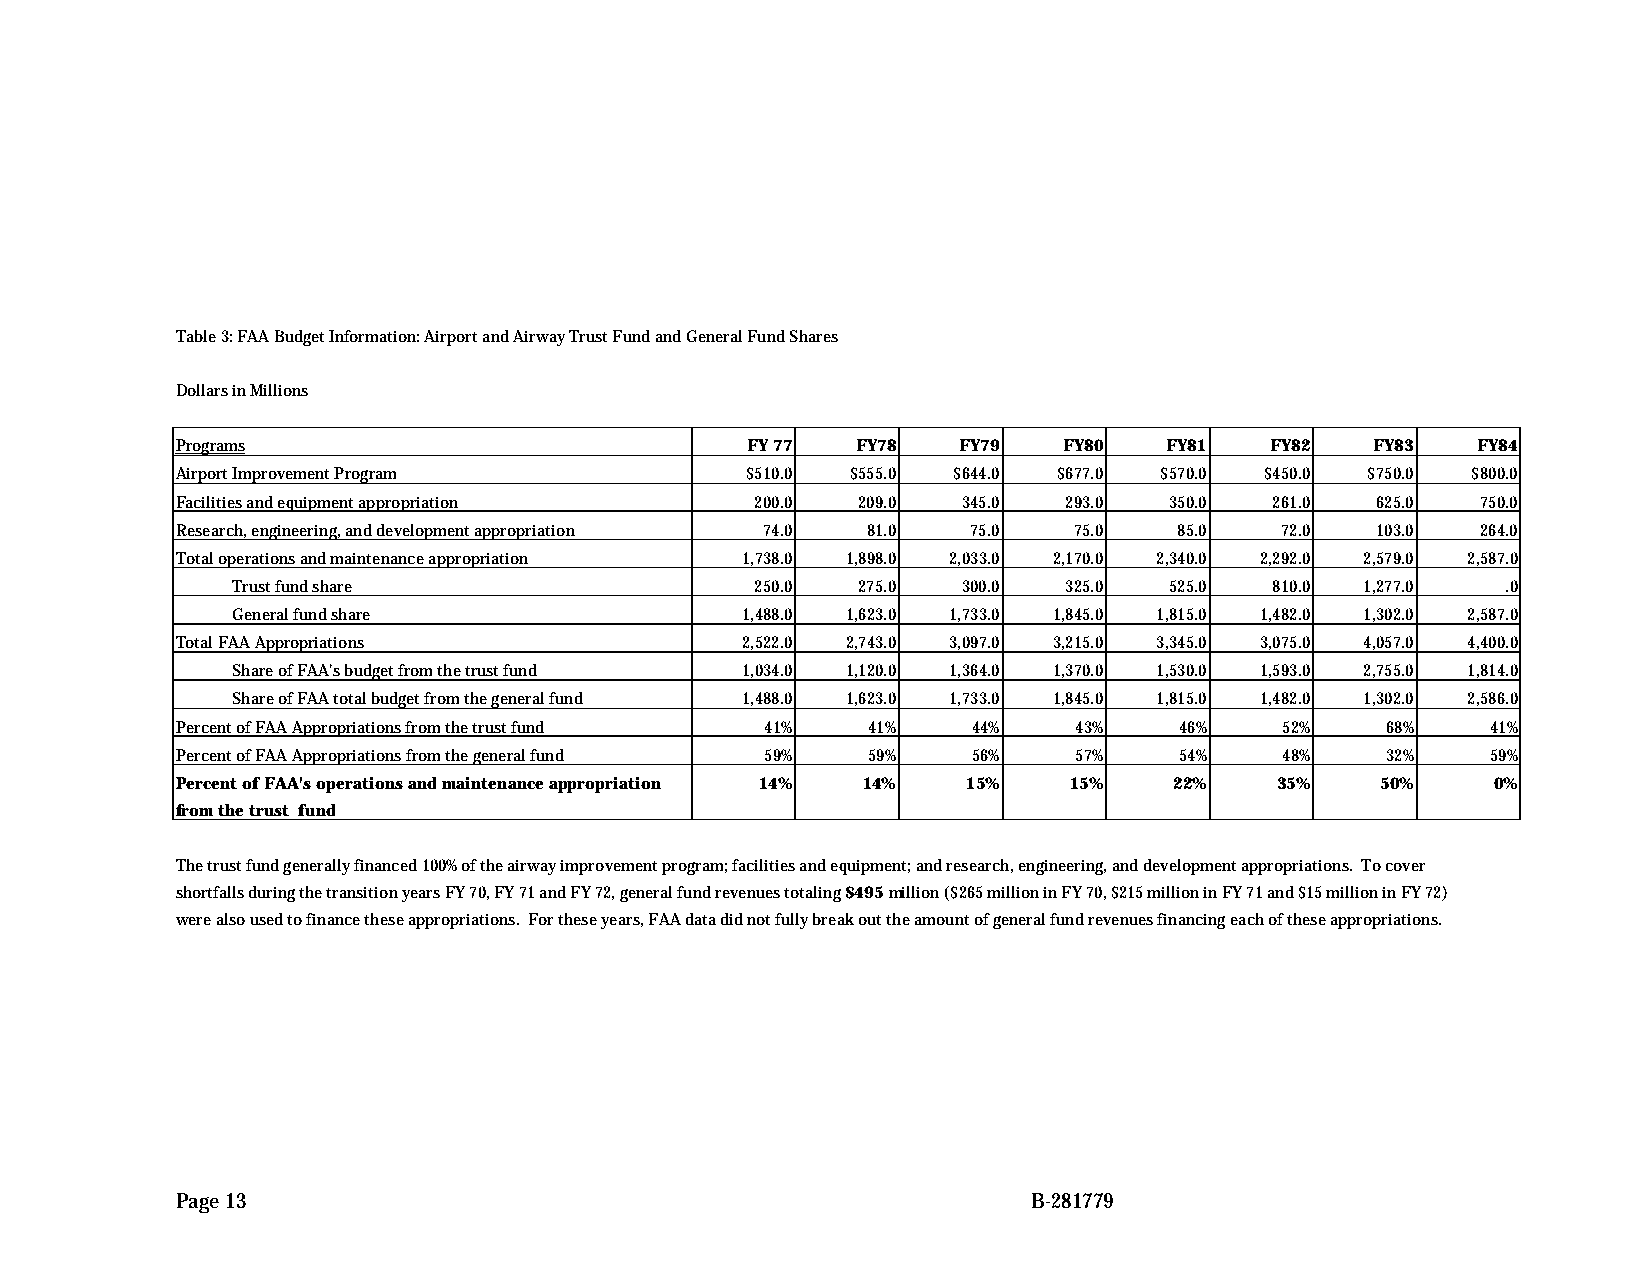
Table 3: FAA Budget Information: Airport and Airway Trust Fund and General Fund Shares
 Dollars in Millions
 Programs                             FY 77   FY78  FY79   FY80   FY81   FY82   FY83   FY84
 Airport Improvement Program          $510.0 $555.0 $644.0 $677.0 $570.0 $450.0 $750.0 $800.0
 Facilities and equipment appropriation 200.0 209.0  345.0 293.0  350.0  261.0  625.0  750.0
 Research, engineering, and development appropriation 74.0 81.0 75.0 75.0 85.0 72.0 103.0 264.0
 Total operations and maintenance appropriation 1,738.0 1,898.0 2,033.0 2,170.0 2,340.0 2,292.0 2,579.0 2,587.0
 Trust fund share                   250.0  275.0  300.0 325.0  525.0  810.0 1,277.0   .0
 General fund share                1,488.0 1,623.0 1,733.0 1,845.0 1,815.0 1,482.0 1,302.0 2,587.0
 Total FAA Appropriations             2,522.0 2,743.0 3,097.0 3,215.0 3,345.0 3,075.0 4,057.0 4,400.0
 Share of FAA's budget from the trust fund 1,034.0 1,120.0 1,364.0 1,370.0 1,530.0 1,593.0 2,755.0 1,814.0
 Share of FAA total budget from the general fund 1,488.0 1,623.0 1,733.0 1,845.0 1,815.0 1,482.0 1,302.0 2,586.0
 Percent of FAA Appropriations from the trust fund 41% 41% 44% 43% 46%    52%    68%    41%
 Percent of FAA Appropriations from the general fund 59% 59% 56% 57% 54%  48%    32%    59%
 Percent of FAA's operations and maintenance appropriation 14% 14% 15% 15% 22% 35% 50%  0%
 from the trust fund
 The trust fund generally financed 100% of the airway improvement program; facilities and equipment; and research, engineering, and development appropriations. To cover
 shortfalls during the transition years FY 70, FY 71 and FY 72, general fund revenues totaling $495 million ($265 million in FY 70, $215 million in FY 71 and $15 million in FY 72)
 were also used to finance these appropriations. For these years, FAA data did not fully break out the amount of general fund revenues financing each of these appropriations.
 Page 13                                                 B-281779